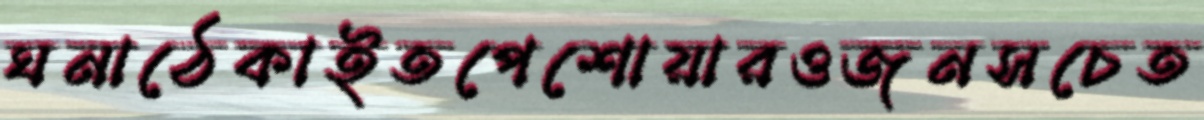
ঘনাঠেকাইতপেশোয়ারওজনসচেত